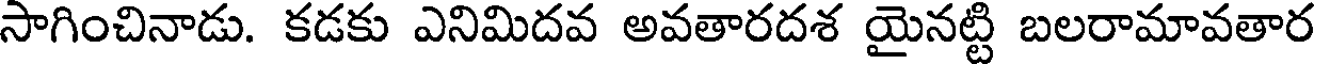
సాగించినాడు. కడకు ఎనిమిదవ అవతారదశ యైనట్టి బలరామావతార